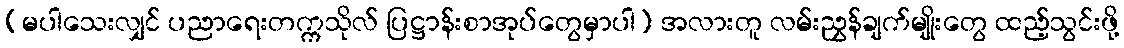
(မပါသေးလျှင် ပညာရေးတက္ကသိုလ် ပြဋ္ဌာန်းစာအုပ်တွေမှာပါ) အလားတူ လမ်းညွှန်ချက်မျိုးတွေ ထည့်သွင်းဖို့